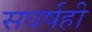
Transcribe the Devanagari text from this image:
सघर्षही